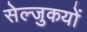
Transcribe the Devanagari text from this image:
सेल्जुकयों